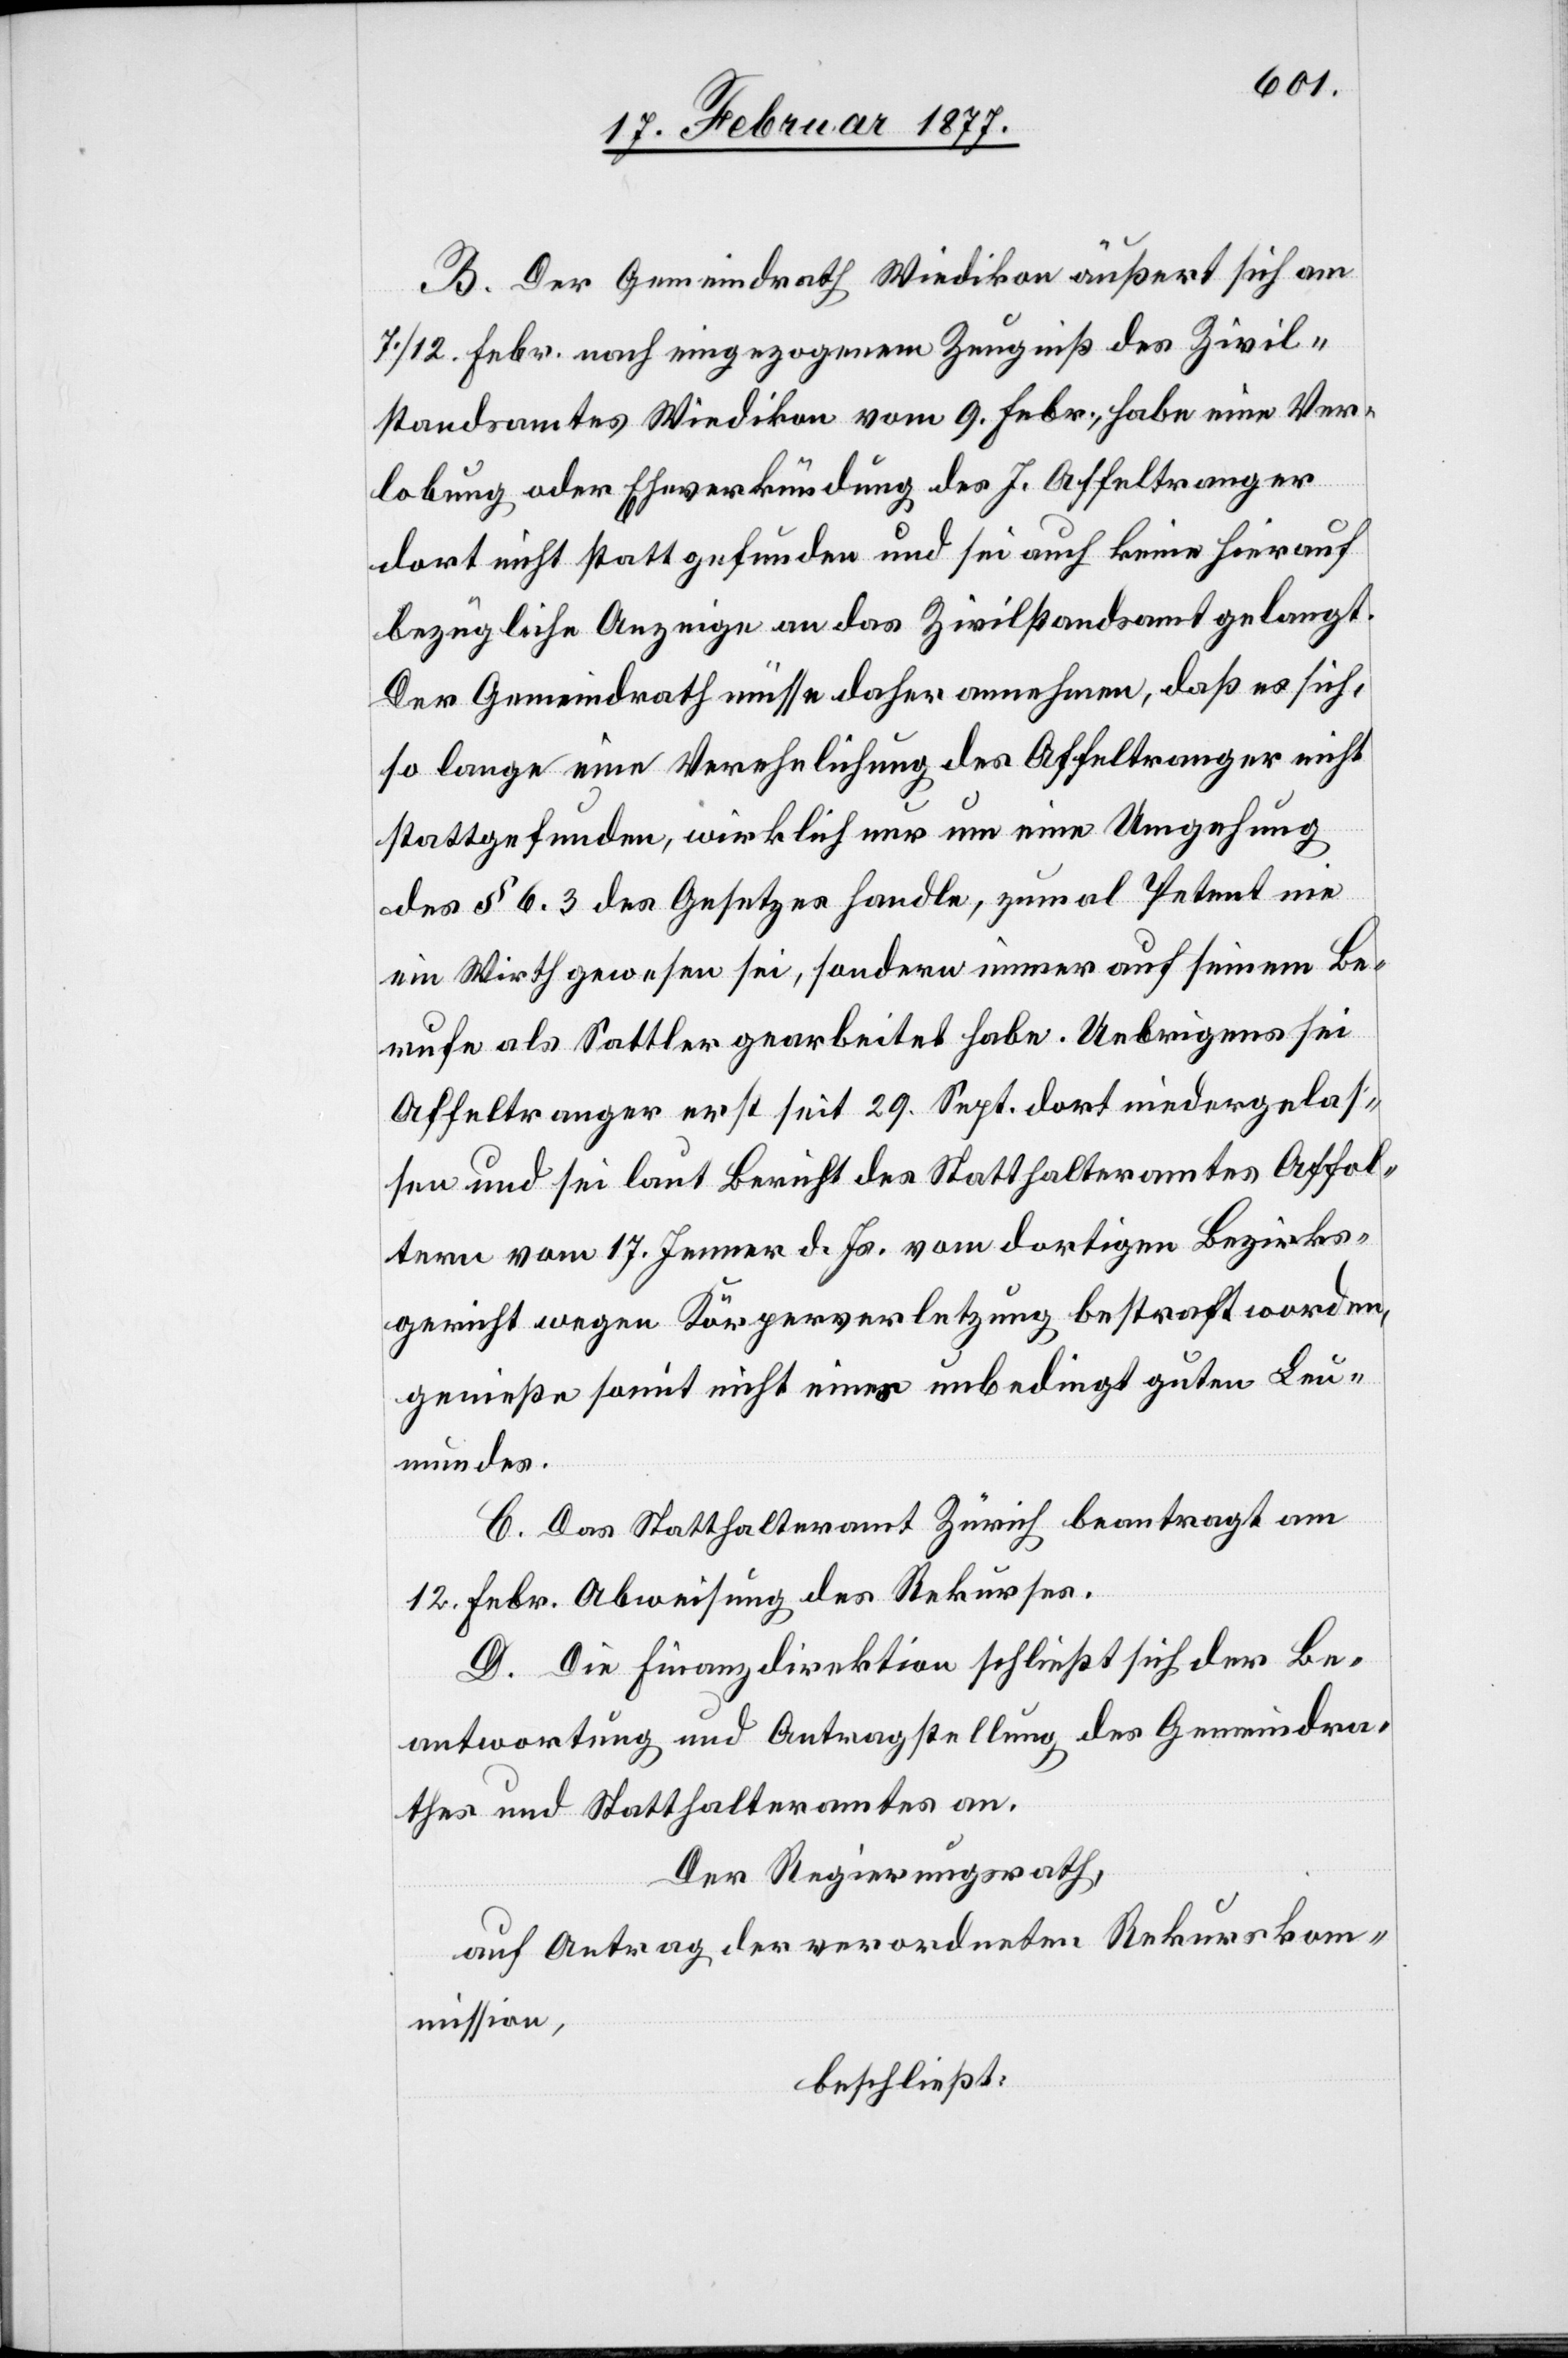
c!] Der Gemeindrath Wiedikon äußert sich am
7./12. Febr. nach eingezogenem Zeugniß des Zivil¬
standsamtes Wiedikon vom 9. Febr., habe eine Ver¬
[si¬
lobung oder Eheschließung des J. Affeltranger
dort nicht statt gefunden und sei auch keine hierauf
bezügliche Anzeige an das Zivilstandsamt gelangt.
Der Gemeindrath müsse daher annehmen, daß es sich,
so lange eine Verehelichung des Affeltranger nicht
stattgefunden, wirklich nur um eine Umgehung
des § 6.3 des Gesetzes handle, zumal Petent nie
ein Wirth gewesen sei, sondern immer auf seinem Be¬
rufe als Sattler gearbeitet habe. Uebrigens sei
Affeltranger erst seit 29. Sept. dort niedergelas¬
sen und sei laut Bericht des Statthalteramtes Affol¬
tern vom 17. Jenner d. Js. vom dortigen Bezirks¬
gericht wegen Körperverletzung bestraft worden,
genieße somit nicht eines unbedingt guten Leu¬
mundes.
C. Das Statthalteramt Zürich beantragt am
12. Febr. Abweisung des Rekurses.
D. Die Finanzdirektion schließt sich der Be¬
antwortung und Antragstellung des Gemeindra¬
thes und Statthalteramtes an.
Der Regierungsrath,
auf Antrag der verordneten Rekurskom¬
mission,
beschließt: